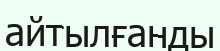
айтылғанды